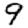
Digit: 9